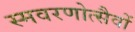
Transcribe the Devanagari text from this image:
स्मवरणोत्सैवों